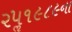
૨૫ૢ૧૯૮૯ના